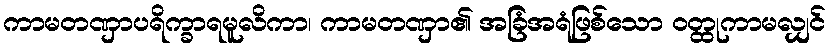
ကာမတဏှာပရိက္ခာရမူလိကာ၊ ကာမတဏှာ၏ အခြံအရံဖြစ်သော ဝတ္ထုကာမလျှင်